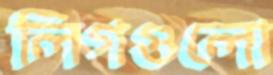
লিগগুলো